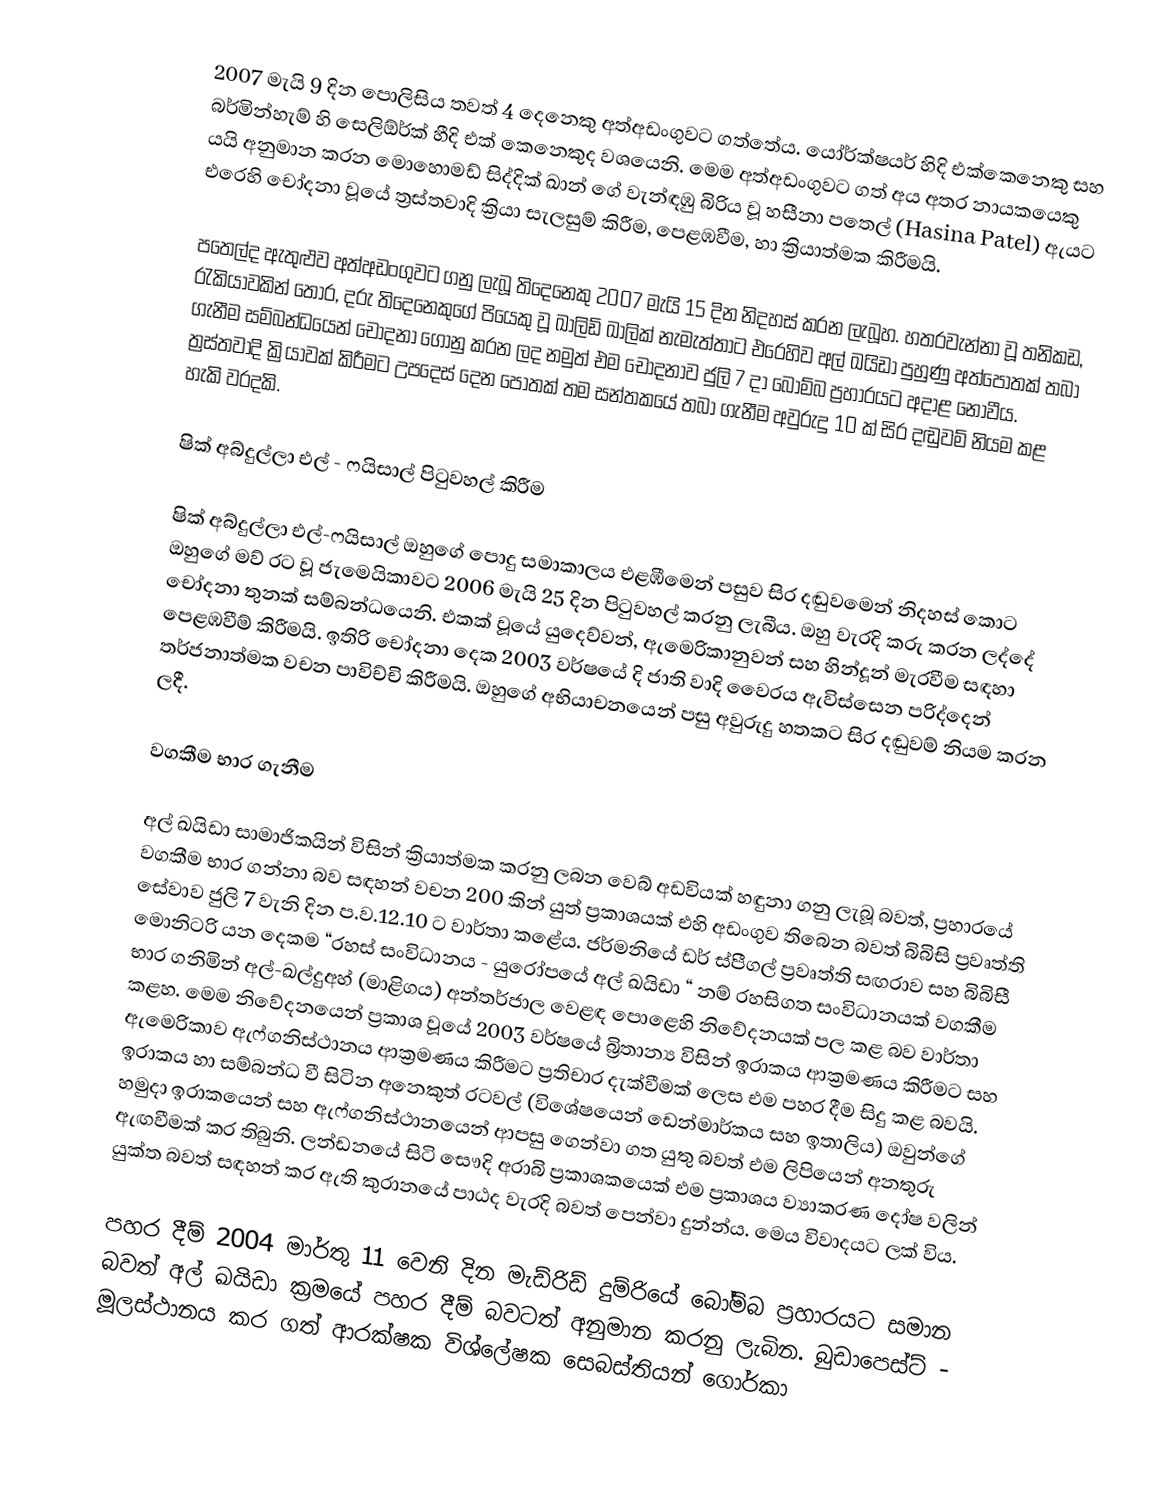
2007 මැයි 9 දින පොලිසිය තවත් 4 දෙනෙකු අත්අඩංගුවට ගත්තේය. යෝර්ක්ෂයර් හිදි එක්කෙනෙකු සහ බර්මින්හැම් හි සෙලිඕර්ක් හීදි එක් කෙනෙකුද වශයෙනි. මෙම අත්අඩංගුවට ගත් අය අතර නායකයෙකු යයි අනුමාන කරන මොහොමඩ් සිද්දික් ඛාන් ගේ වැන්ඳඹු බිරිය වූ හසීනා පතෙල් (Hasina Patel) ඇයට එරෙහි චෝදනා වූයේ ත්‍රස්තවාදි  ක්‍රියා සැලසුම් කිරීම, පෙළඹවීම, හා ක්‍රියාත්මක කිරීමයි.

පතෙල්ද ඇතුළුව අත්අඩංගුවට ගනු ලැබූ තිදෙනෙකු 2007 මැයි 15 දින නිදහස් කරන ලැබූහ. හතරවැන්නා වූ තනිකඩ, රැකියාවකින් තොර, දරු තිදෙනෙකුගේ පියෙකු වූ ඛාලිඩ් ඛාලික් නැමැත්තාට එරෙහිව අල් ඛයිඩා පුහුණු අත්පොතක් තබා ගැනීම සම්බන්ධයෙන් චෝදනා ගොනු කරන ලද නමුත් එම චෝදනාව ජුලි 7 දා බෝම්බ ප්‍රහාරයට අදාළ නොවීය. ත්‍රස්තවාදි ක්‍රියාවක් කිරීමට උපදෙස් දෙන පොතක් තම සන්තකයේ තබා ගැනීම අවුරුදු 10 ක් සිර දඬුවම් නියම කළ හැකි වරදකි.

ෂික් අබ්දුල්ලා එල් - ෆයිසාල් පිටුවහල් කිරීම

ෂික් අබ්දුල්ලා එල්-ෆයිසාල් ඔහුගේ පොදු සමාකාලය එළඹීමෙන් පසුව සිර දඬුවමෙන් නිදහස් කොට ඔහුගේ මව් රට වූ ජැමෙයිකාවට 2006 මැයි 25 දින පිටුවහල් කරනු ලැබීය. ඔහු වැරදි කරු කරන ලද්දේ චෝදනා තුනක් සම්බන්ධයෙනි. එකක් වූයේ යුදෙව්වන්, ඇමෙරිකානුවන් සහ හින්දූන් මැරවීම සඳහා පෙළඹවීම් කිරීමයි. ඉතිරි චෝදනා දෙක 2003 වර්ෂයේ දි ජාති වාදි වෛරය ඇවිස්සෙන පරිද්දෙන් තර්ජනාත්මක වචන  පාවිච්චි කිරීමයි. ඔහුගේ අභියාචනයෙන් පසු අවුරුදු හතකට සිර දඬුවම් නියම කරන ලදී.

වගකීම භාර ගැනීම

අල් ඛයිඩා සාමාජිකයින්  විසින් ක්‍රියාත්මක කරනු ලබන වෙබ් අඩවියක් හඳුනා ගනු ලැබූ බවත්, ප්‍රහාරයේ වගකීම  භාර ගන්නා බව සඳහන් වචන 200 කින් යුත් ප්‍රකාශයක් එහි අඩංගුව තිබෙන බවත් බිබිසි ප්‍රවෘත්ති සේවාව ජුලි 7 වැනි දින ප.ව.12.10 ට වාර්තා කළේය. ජර්මනියේ ඩර් ස්පීගල් ප්‍රවෘත්ති සඟරාව සහ බිබිසී මොනිටරි යන දෙකම “රහස් සංවිධානය - යුරෝපයේ අල් ඛයිඩා “ නම් රහසිගත සංවිධානයක් වගකීම භාර ගනිමින් අල්-ඛල්දුඅහ් (මාළිගය) අන්තර්ජාල වෙළඳ පොළෙහි නිවේදනයක් පල කළ බව වාර්තා කළහ. මෙම නිවේදනයෙන් ප්‍රකාශ වූයේ 2003 වර්ෂයේ බ්‍රිතාන්‍ය විසින් ඉරාකය ආක්‍රමණය කිරීමට සහ ඇමෙරිකාව ඇෆ්ගනිස්ථානය ආක්‍රමණය කිරීමට ප්‍රතිචාර දැක්වීමක් ලෙස එම පහර දීම සිදු කළ බවයි. ඉරාකය හා සම්බන්ධ වී සිටින අනෙකුත් රටවල් (විශේෂයෙන් ඩෙන්මාර්කය සහ ඉතාලිය) ඔවුන්ගේ හමුදා ඉරාකයෙන් සහ ඇෆ්ගනිස්ථානයෙන් ආපසු ගෙන්වා ගත යුතු බවත් එම ලිපියෙන් අනතුරු ඇඟවීමක් කර තිබුනි. ලන්ඩනයේ සිටි සෞදි අරාබි ප්‍රකාශකයෙක් එම ප්‍රකාශය ව්‍යාකරණ දෝෂ වලින් යුක්ත බවත් සඳහන් කර ඇති කුරානයේ පාඨද වැරදි බවත් පෙන්වා දුන්න්ය. මෙය විවාදයට ලක් විය.

පහර දීම් 2004 මාර්තු 11 වෙනි දින මැඩ්රිඩ් දුම්රියේ බෝම්බ ප්‍රහාරය‍ට සමාන බවත් අල් ඛයිඩා ක්‍රමයේ පහර දීම් බවටත් අනුමාන කරනු ලැබින. බුඩාපෙස්ට් - මූලස්ථානය කර ගත් ආරක්ෂක විශ්ලේෂක සෙබස්තියන් ගොර්කා